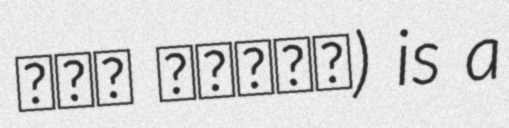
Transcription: عين يبرود) is a